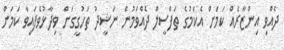
ދެއްވި އިންޒާރެއް ކަމަށް އެކަމުގެ ތަފްސީލް ދެއްވަމުން ނަޝީދު ތަހުގީގަށް ވިދާޅުވެފައިވާ ކަމަށް